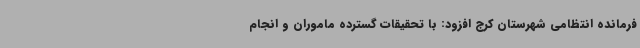
فرمانده انتظامی شهرستان کرج افزود: با تحقیقات گسترده ماموران و انجام